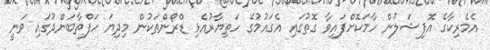
އެމެރިކާގެ އޮފިޝަލުން ހާމަކޮށްފައިވާ ގޮތުގައި އެގައުމުގެ ހަތިޔާރުއެޅި ޑްރޯންތަކުން މިދިޔަ ހަފްތާބަންދުގައި ވަނީ